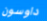
داوسون